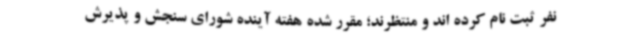
نفر ثبت نام کرده اند و منتظرند؛ مقرر شده هفته آینده شورای سنجش و پذیرش